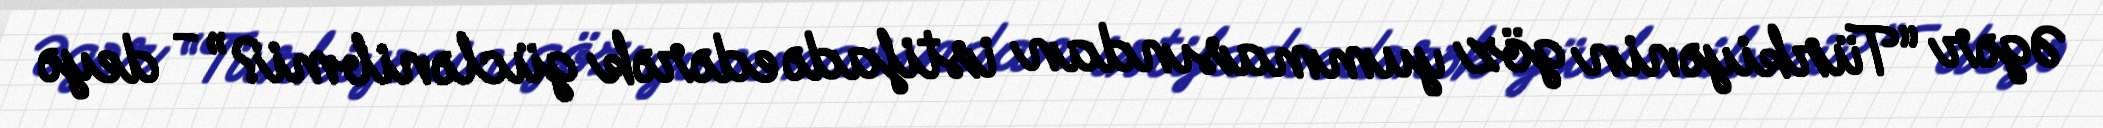
Əgər “Türkiyənin göz yummasından istifadə edərək güclənibmi?” - deyə